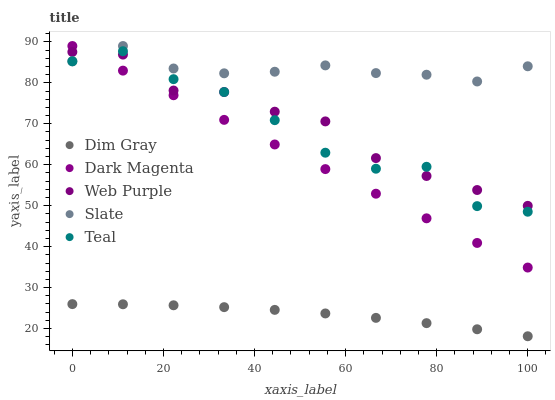
| xaxis_label | Dim Gray | Dark Magenta | Web Purple | Slate | Teal |
 | --- | --- | --- | --- | --- | --- |
 | 0 | 26 | 89 | 87.6 | 85.2 | 85.3 |
 | 11.1 | 25.9 | 83 | 86.9 | 89 | 87.7 |
 | 22.2 | 25.7 | 77 | 78.1 | 83.5 | 80.9 |
 | 33.3 | 25.2 | 71 | 77.8 | 82.3 | 77.8 |
 | 44.4 | 24.6 | 65 | 73 | 82.7 | 70.9 |
 | 55.6 | 23.7 | 58.9 | 70.6 | 84.3 | 62.9 |
 | 66.7 | 22.6 | 52.9 | 61.6 | 82.4 | 59 |
 | 77.8 | 21.3 | 46.9 | 57.3 | 82 | 59.5 |
 | 88.9 | 19.8 | 40.9 | 53.8 | 80.3 | 49.9 |
 | 100 | 18.1 | 34.9 | 50 | 84 | 48.5 |